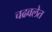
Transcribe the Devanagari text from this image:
चढवलेत